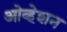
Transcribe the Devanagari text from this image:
ओव्हेशन